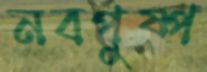
নবপুষ্প